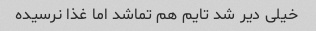
خیلى دیر شد تایم هم تماشد اما غذا نرسیده